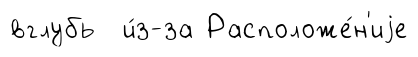
вглубь и́з-за Расположе́н'иjе